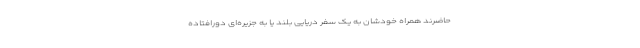
حاضرند همراه خودشان به یک سفر دریایی بلند یا به جزیره‌ای دورافتاده